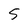
Character: S